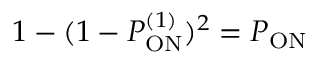
1 - ( 1 - P _ { \mathrm { O N } } ^ { ( 1 ) } ) ^ { 2 } = P _ { \mathrm { O N } }